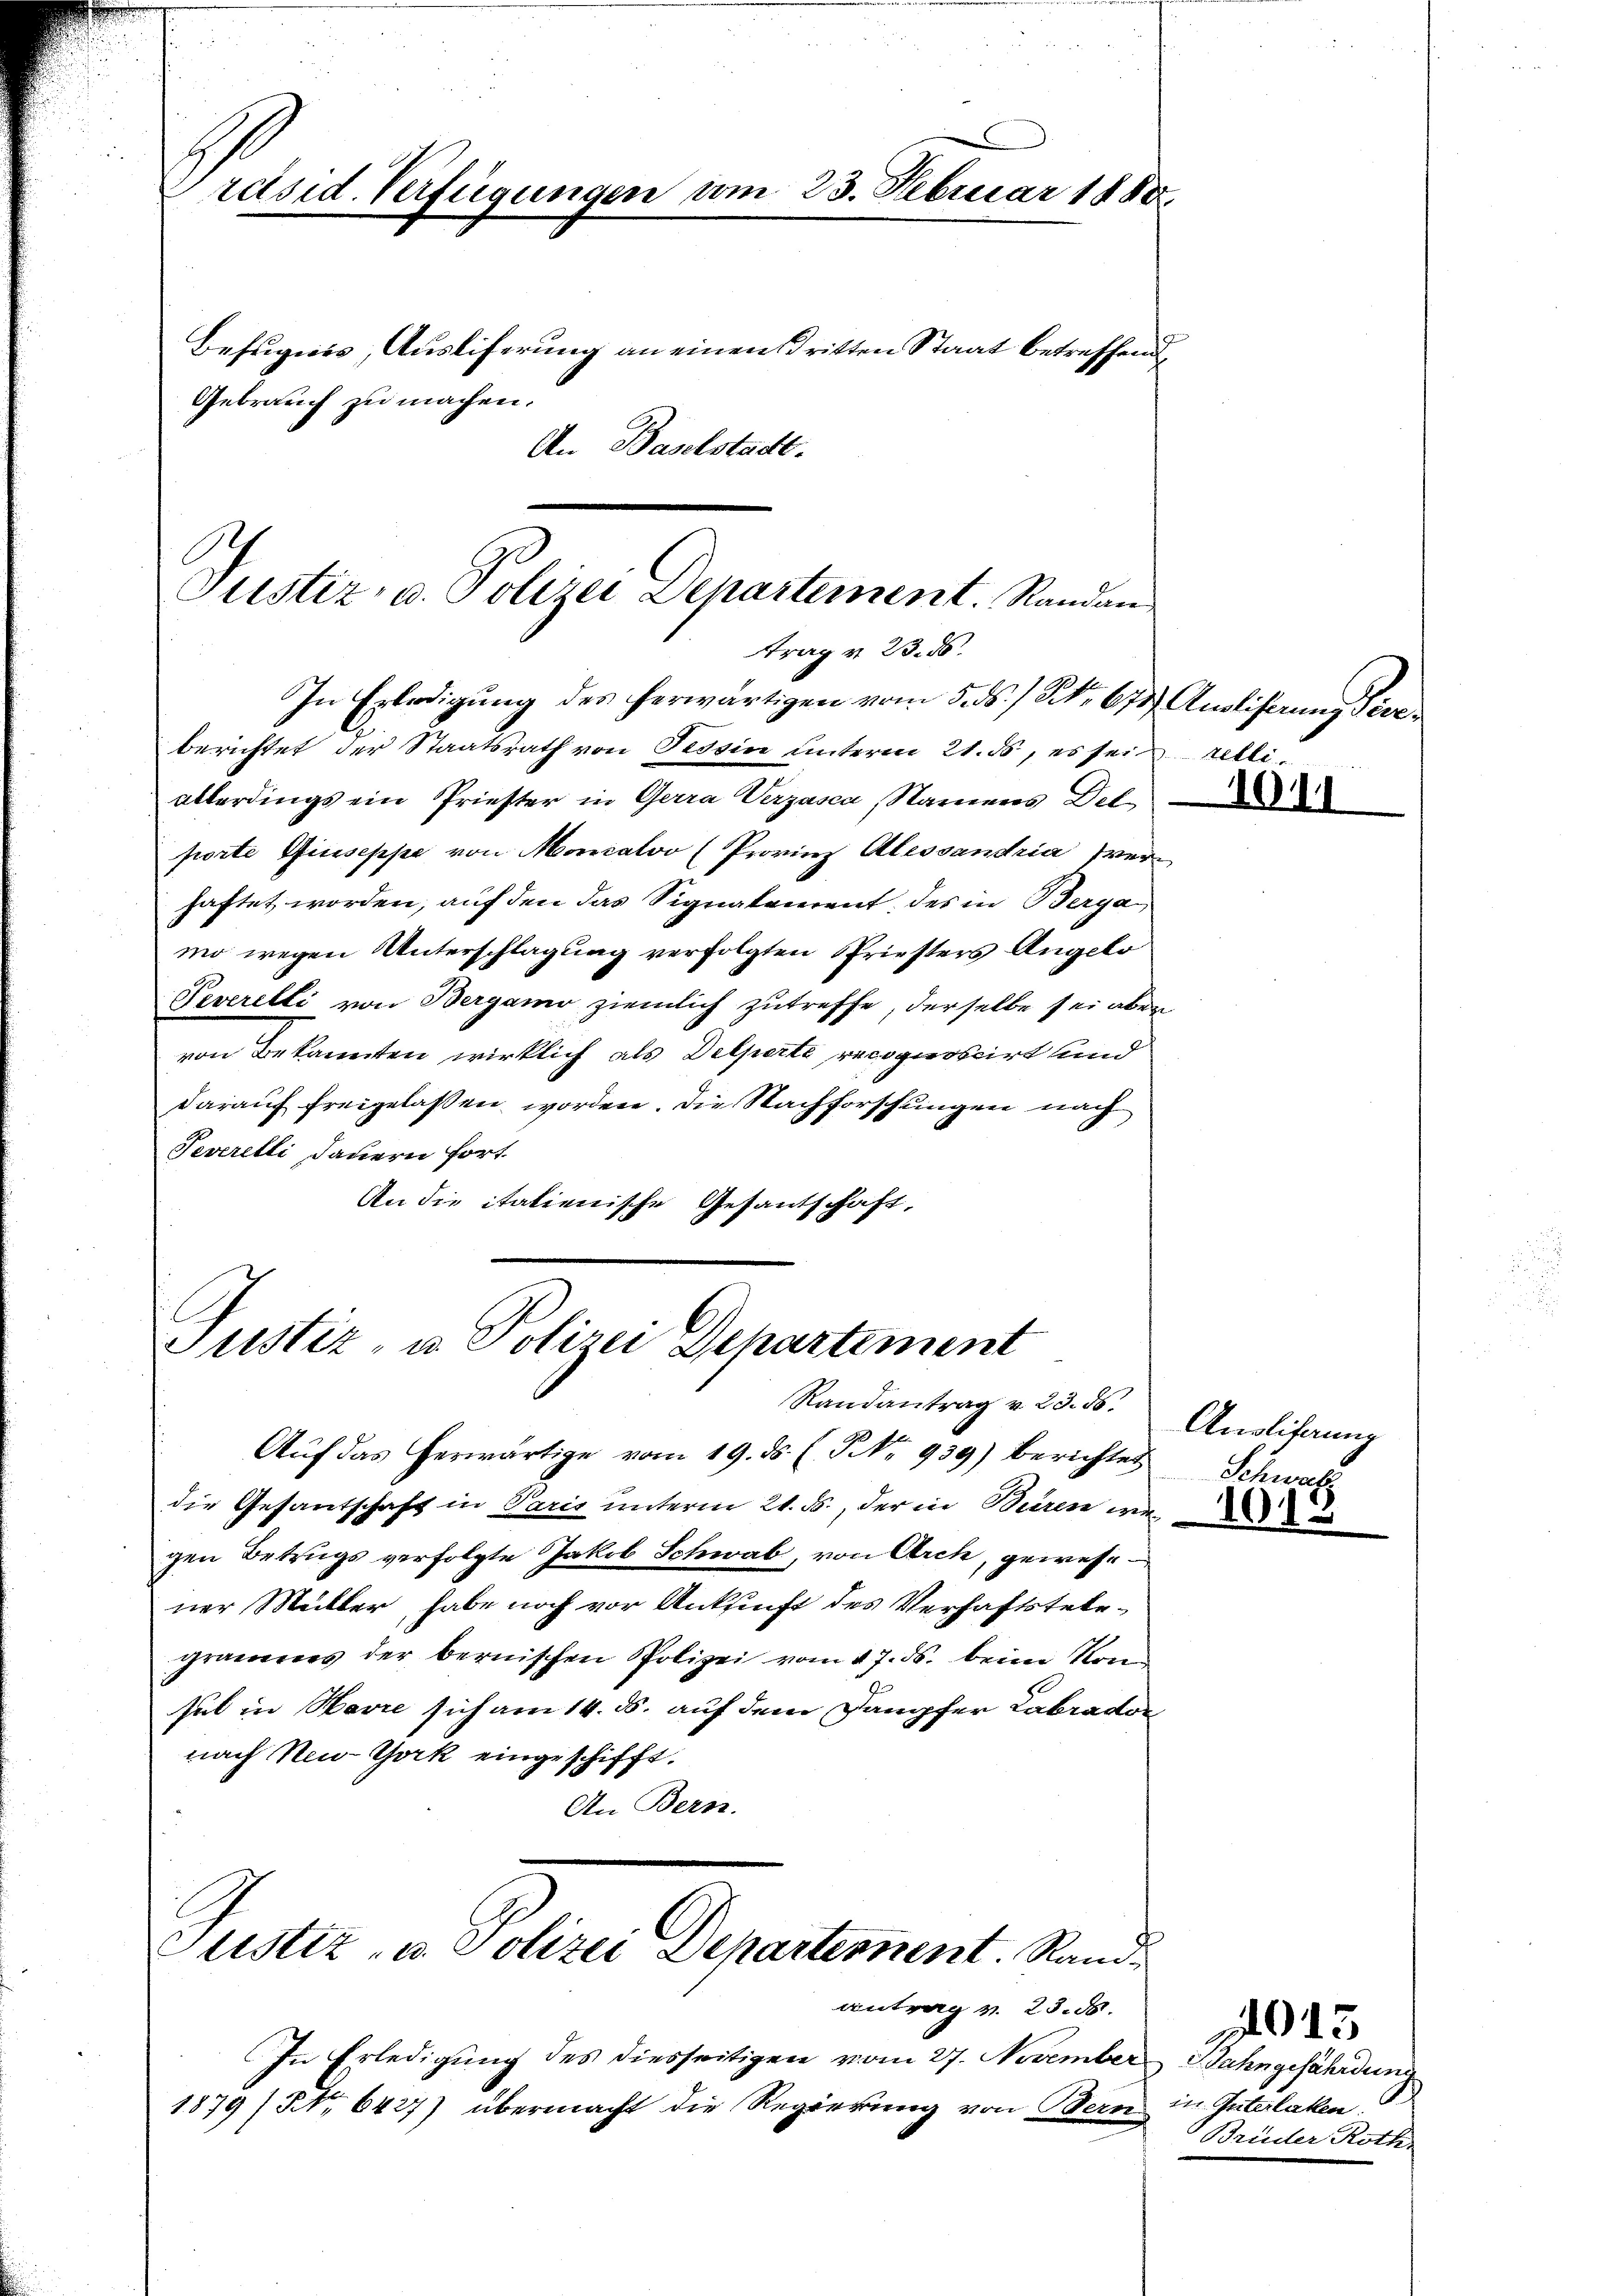
Präsid. Verfügungen vom 23. Februar 1880
Befugnis, Ausliferung an einen Dritten Staat betreffend,
Gebrauch zu machen.
An Baselstadt.

Justiz, u. Polizei Departement. Randan
trag v. 23. d.

In Erledigung des herwärtigen vom 5. ds. / No. 673. Ausliserung Vierberichtet der Staatsrath von Tessin unterm 21. ds, es sei relli
allerdings ein Priester in Gerra Verzasca, Namens Del
porte Auseppe von Moncalvo (Provinz Alessandtria verhaftet worden, auf den das Signatrierent des in Berga
mo wegen Unterschlagung verfolgten Priesters Angelo
Peverelli von Bergamo ziemlich zutreffe, derselbe sei aber
von Bekannten wirklich als Delperte recognoscirt und
darauf freigelassen worden. Die Nachforschungen nach
Severetti, dauern fort.
An die italienische Gesantschaft,

Justiz- u. Polizei Dehartement
Randantrag v. 23. 86.

Aŭf das herwärtige vom 19. ds. f. Fr. 939) berichtet
die Gesantschaft in Paris unterm 21. ds., der in Büren wer
gen Betrugs verfolgte Jakob Schwab, von Arch, gewese
ner Müller habe noch vor Ankunft des Verhaftstelegrämeres der bernischen Polizei vom 17. ds. beim Kon
sel in Havre sich am 14. ds. auf dem Dampfer Labrador
nach New-York eingeschifft.
An Bern.

Justiz- u. Polizei Departement. Stande

In Erledigung des diesseitigen vom 27. November Bahngefährdung
1879 (No 6427) übermacht die Regierung von Bern in Güterlaken.

antrag v. 23. d.

1011

Anolihaung
Schwel

1015

Brüder Roth,

013